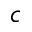
c